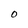
Character: O